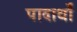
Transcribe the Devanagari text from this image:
पादार्थों